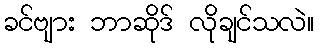
ခင်ဗျား ဘာဆိုဒ် လိုချင်သလဲ။